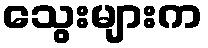
သွေးများက